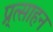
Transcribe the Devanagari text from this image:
प्र्त्साहन